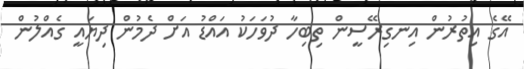
އޭގެ އިތުރުން އިނގިރޭސީން ތިބިހާ ދުވަހަކު އައްޑު އަށް ދެމުން ދިޔައީ ގެއްލުން